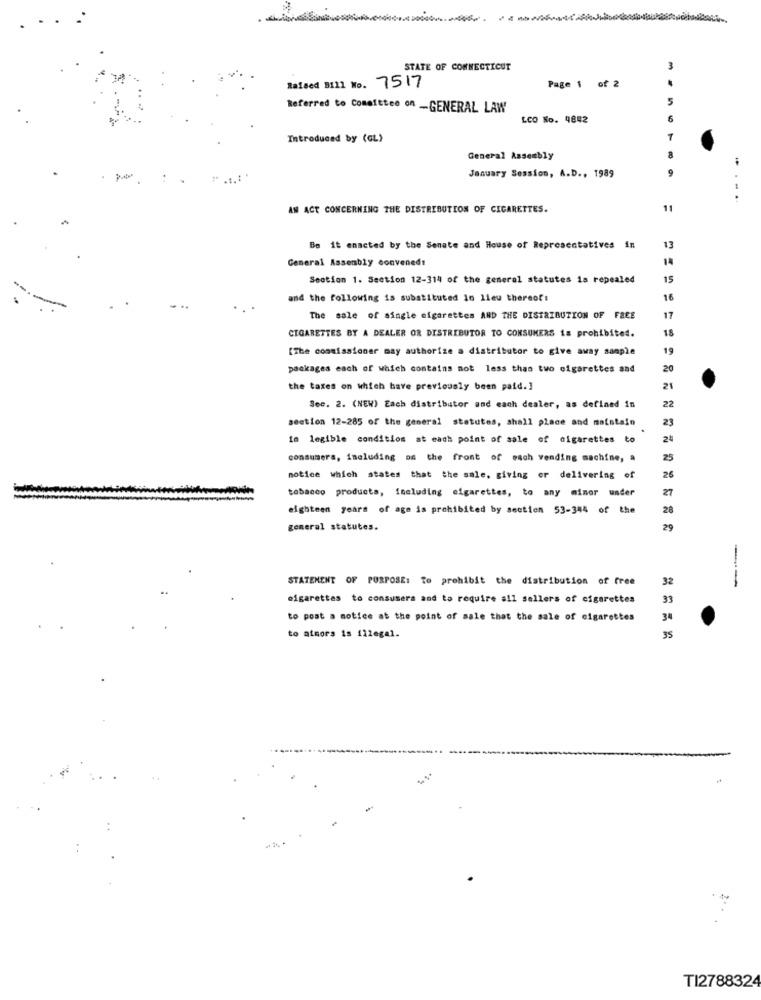
STATE OF CONNECTICUT
Raised BI21 No. 7517
Page 1 of 2
5
Referred to Committee on -GENERAL LAW
LCO No. 9842
6
Introduced by (GL)
General Assembly
8
January Session, A.D ., 1989
....
AN ACT CONCERNING THE DISTRIBUTION OF CIGARETTES.
11
Be it enacted by the Senate and House of Representatives in
13
General Assembly convened!
14
Section 1. Section 12-314 of the general statutes is repealed
15
and the following is substituted in lieu thereof:
16
The sale of single cigarettes AND THE DISTRIBUTION OF FREE
17
CIGARETTES BY A DEALER OR DISTRIBUTOR TO CONSUMERS is prohibited.
18
[The commissioner may authorize a distributor to give away sample
19
packages each of which contains not less than two cigarettes and
20
the taxes on which have previously been paid.]
21
22
Sec. 2. (NEW) Each distributor and each dealer, as defined in
section 12-285 of the general statutes, shall place and maintain
23
in legible condition at each point of sale of cigarettes to
24
consumers, including on the front of each vending machine, a
25
notice which states that the sale, giving or delivering of
26
tobacco products, including cigarettes, to any minor under
27
eighteen years of age is prohibited by section 53-344 of the
28
general statutes.
29
STATEMENT OF PURPOSE: To prohibit the distribution of free
32
cigarettes to consumers and to require all sellers of cigarettes
33
to post a notice at the point of sale that the sale of cigarettes
34
to atmora is illegal.
35
TI2788324